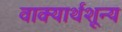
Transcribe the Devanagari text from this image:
वाक्यार्थशून्य